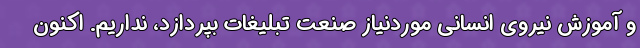
و آموزش نیروی انسانی موردنیاز صنعت تبلیغات بپردازد، نداریم. اکنون